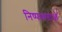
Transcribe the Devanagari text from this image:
निष्फलताओं